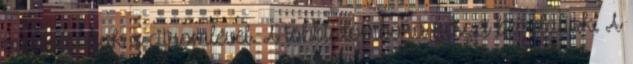
meglocsoljuk a citromlével. A többi domború részét beírdaljuk. A